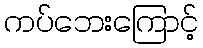
ကပ်ဘေးကြောင့်